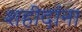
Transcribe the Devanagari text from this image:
शहीदांना